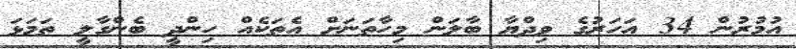
އުމުރުން 34 އަހަރުގެ ވިދްޔާ ބާލަން މިހާތަނަށް އެތަކެއް ހިންދީ ބެންގާލީ ތަމަޅަ